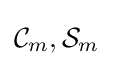
{\mathcal {C}}_{m},{\mathcal {S}}_{m}